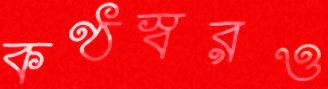
কণ্ঠস্বরও